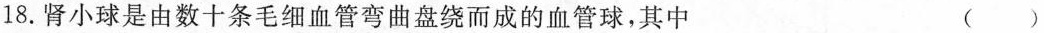
18.肾小球是由数十条毛细血管弯曲盘绕而成的血管球，其中 ( )